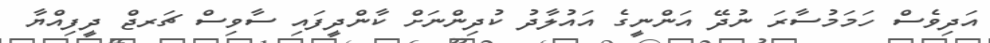
އަދިވެސް ހަމަމުސާރަ ނުދޭ އަންނީގެ އައުލާދު ކުދިންނަށް ކާންދީފައި ސާވިސް ޗަރޖް ދީފިއްޔާ